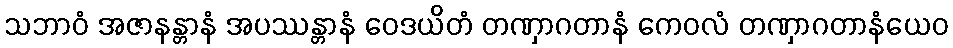
သဘာဝံ အဇာနန္တာနံ အပဿန္တာနံ ဝေဒယိတံ တဏှာဂတာနံ ကေဝလံ တဏှာဂတာနံယေဝ